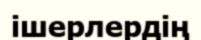
ішерлердің